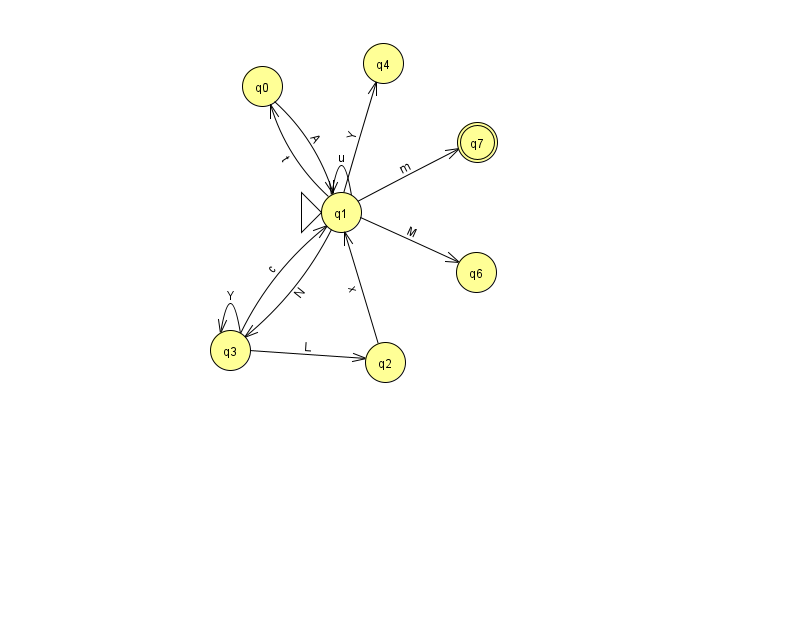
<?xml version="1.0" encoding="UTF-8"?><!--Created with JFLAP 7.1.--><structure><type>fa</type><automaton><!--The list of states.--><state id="0" name="q0"><x>262.0</x><y>73.0</y></state><state id="1" name="q1"><x>341.0</x><y>199.0</y><initial/></state><state id="2" name="q2"><x>385.0</x><y>349.0</y></state><state id="3" name="q3"><x>230.0</x><y>337.0</y></state><state id="4" name="q4"><x>383.0</x><y>50.0</y></state><state id="6" name="q6"><x>476.0</x><y>259.0</y></state><state id="7" name="q7"><x>477.0</x><y>129.0</y><final/></state><!--The list of transitions.--><transition><from>1</from><to>6</to><read>M</read></transition><transition><from>1</from><to>3</to><read>N</read></transition><transition><from>2</from><to>1</to><read>x</read></transition><transition><from>1</from><to>1</to><read>u</read></transition><transition><from>1</from><to>0</to><read>t</read></transition><transition><from>3</from><to>2</to><read>L</read></transition><transition><from>3</from><to>3</to><read>Y</read></transition><transition><from>3</from><to>1</to><read>c</read></transition><transition><from>0</from><to>1</to><read>A</read></transition><transition><from>1</from><to>7</to><read>m</read></transition><transition><from>1</from><to>4</to><read>Y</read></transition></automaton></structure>